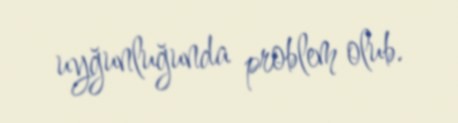
uyğunluğunda problem olub.